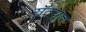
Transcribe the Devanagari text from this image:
सॅल्युत